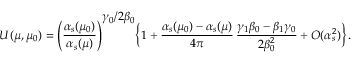
U ( \mu , \mu _ { 0 } ) = \Bigg ( { \frac { \alpha _ { s } ( \mu _ { 0 } ) } { \alpha _ { s } ( \mu ) } } \Bigg ) ^ { \displaystyle { \gamma _ { 0 } / 2 \beta _ { 0 } } } \bigg \{ 1 + { \frac { \alpha _ { s } ( \mu _ { 0 } ) - \alpha _ { s } ( \mu ) } { 4 \pi } } \, { \frac { \gamma _ { 1 } \beta _ { 0 } - \beta _ { 1 } \gamma _ { 0 } } { 2 \beta _ { 0 } ^ { 2 } } } + O ( \alpha _ { s } ^ { 2 } ) \bigg \} \, .